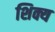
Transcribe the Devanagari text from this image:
शिक्य